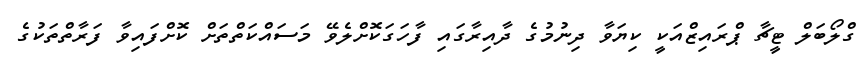
ގްލޯބަލް ޓީޗާ ޕްރައިޒްއަކީ ކިޔަވާ ދިނުމުގެ ދާއިރާގައި ފާހަގަކޮށްލެވޭ މަސައްކަތްތަށް ކޮށްފައިވާ ފަރާތްތަކުގެ